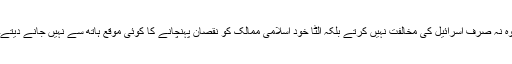
وہ نہ صرف اسرائیل کی مخالفت نہیں کرتے بلکہ الٹا خود اسلامی ممالک کو نقصان پہنچانے کا کوئی موقع ہاتھ سے نہیں جانے دیتے۔